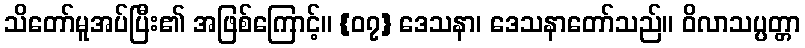
သိတော်မူအပ်ပြီး၏ အဖြစ်ကြောင့်။ {၀၇} ဒေသနာ၊ ဒေသနာတော်သည်။ ဝိလာသပ္ပတ္တာ